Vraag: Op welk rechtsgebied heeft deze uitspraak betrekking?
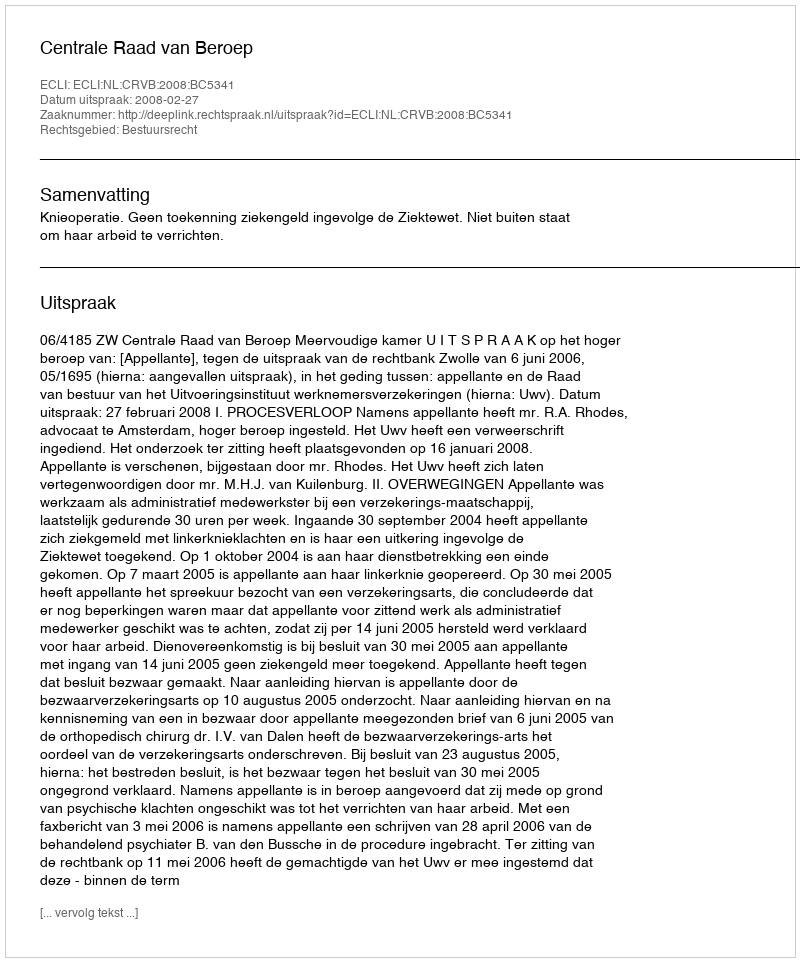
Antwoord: Bestuursrecht